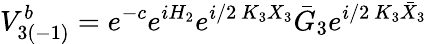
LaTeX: V_{3(-1)}^{b}=e^{-c}e^{iH_{2}}e^{i/2\ K_{3}X_{3}}\bar{G}_{3}e^{i/2\ K_{3}\bar{X}_{3}}